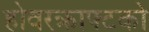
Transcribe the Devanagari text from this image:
होवरक्राफ्टको